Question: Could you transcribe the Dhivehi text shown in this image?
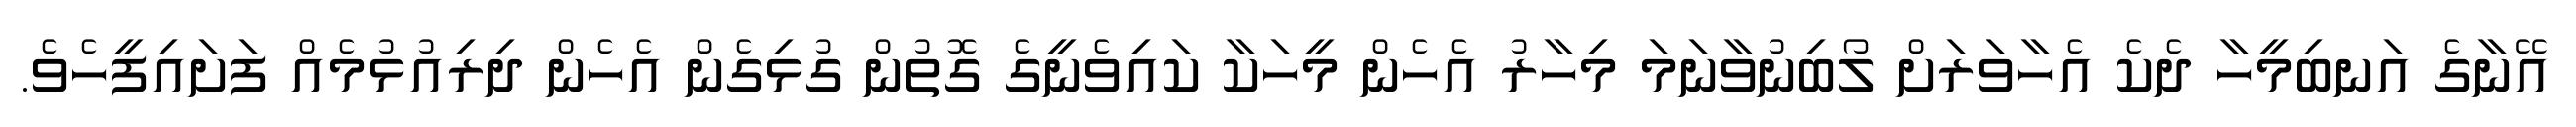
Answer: އޭނާގެ އަނބިމީހާ ދެކެ އެހާވަރަށް ލޯބިނުވާނަމަ މިހާރު އެހެން މީހަކާ ކައިވެނީގެ ގޮތުން ގުޅިގެން އެހެން ދިރިއުޅުމެއް ފަށައިފީހެވެ.